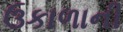
ઉકાળાની